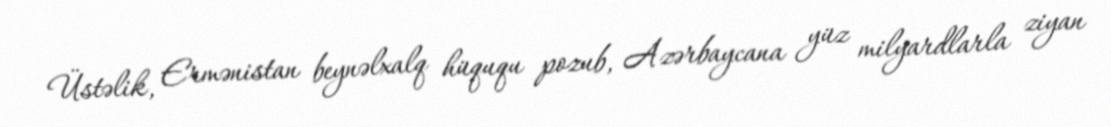
Üstəlik, Ermənistan beynəlxalq hüququ pozub, Azərbaycana yüz milyardlarla ziyan